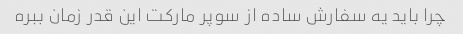
چرا باید یه سفارش ساده از سوپر مارکت این قدر زمان ببره